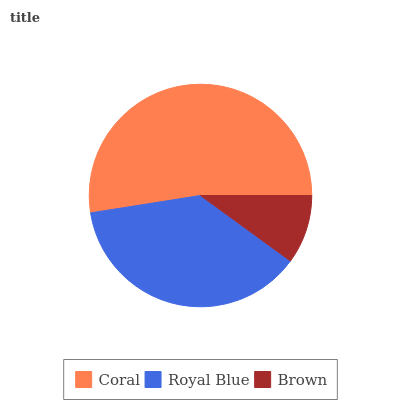
| Coral | Royal Blue | Brown |
 | --- | --- | --- |
 | 52.5% | 37.5% | 10% |